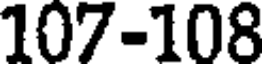
107-108